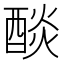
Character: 醈